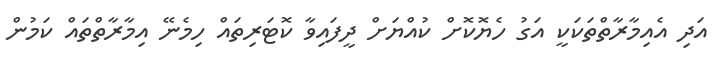
އަދި އެއިމާރާތްތަކަކީ އަގު ހެޔޮކޮށް ކުއްޔަށް ދީފައިވާ ކޮޓަރިތައް ހިމެނޭ އިމާރާތްތައް ކަމުން